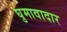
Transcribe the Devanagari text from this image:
घुमावादार